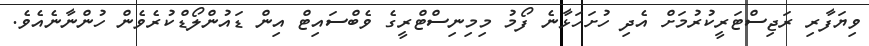
ވިޔަފާރި ރަޖިސްޓަރީކުރުމަށް އެދި ހުށަހަޅާނެ ފޯމު މިމިނިސްޓްރީގެ ވެބްސައިޓް އިން ޑައުންލޯޑްކުރެވެން ހުންނާނެއެވެ.